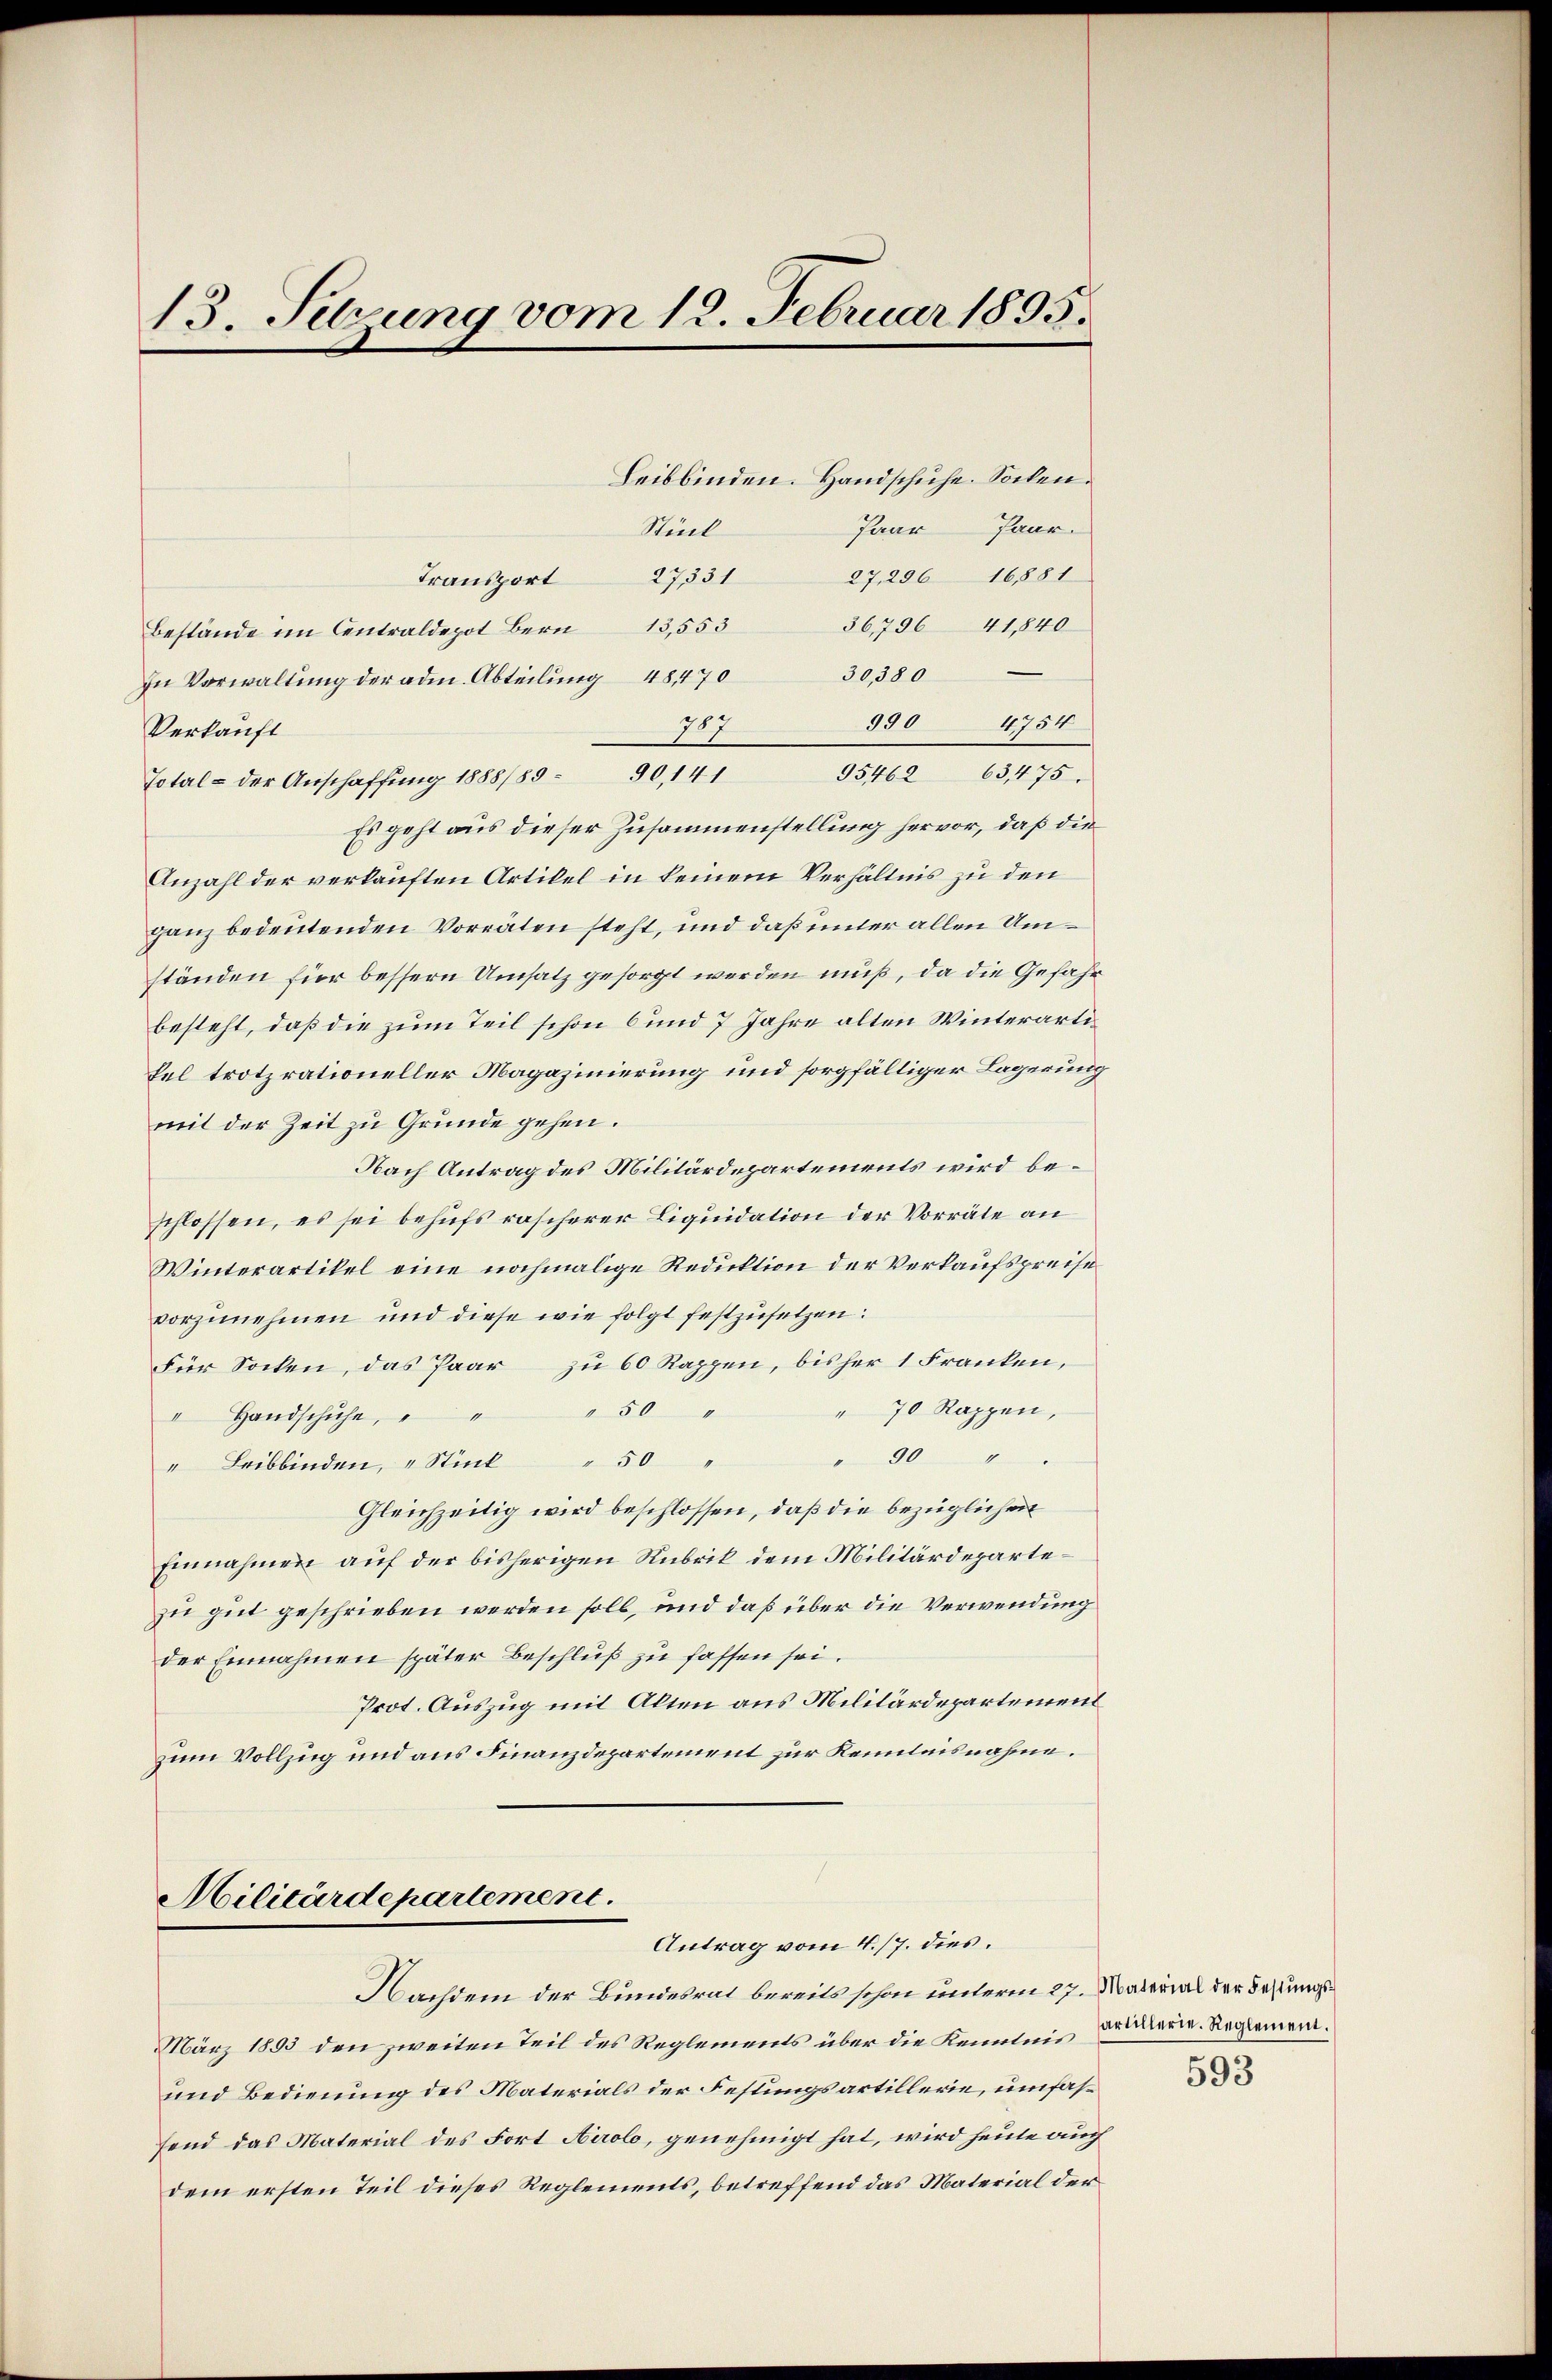
13. Setzung vom 12. Februar 1895.

Transport
Bestände im Centraldepot Bern 13,553
In Vorwaltŭng der adm. Abteilung 4847030,380
Verkauft
Total - der Anschaffung 1888/89. 90,141
Anzahl der verkauften Artikel in keinem Verhältnis zu den
ganz bedeutenden Vorräten steht, und daß unter allen Um¬
Fel trotzrationeller Magazinierung und sorgfälliger Lagerung
mit der Zeit zu Grunde gehen.
Nach Antrag des Militärdepartements wird beschlossen, es sei behufs rascherer Liquidation der Vorräte an
Winterartikel eine nochmalige Reduktion der Verkaufspreise
vorzunehmen und diese wie folgt festzusetzen:
Für Socken, das Paar zu 60 Rappen, bisher 1 Franken,
" 70 Rappen,
" Handschuhe, " " " 50 "
 90
" Leibbinden, " Stück " 50 "
Gleichzeitig wird beschlossen, daß die bezüglichen
Einnahmen auf der bisherigen Rubrik dem Militärdepartezu gut geschrieben werden soll, und daß über die Verwendung
der Einnahmen später Beschluß zu fassen sei.
Prot. Auszug mit Alten aus Militärdepartement
zum Vollzug und aus Finanzdepartement zur Kenntnisnahme.

Niel
27331
990 4754
717
95462 63475.
Es geht aus dieser Zusammenstellung hervor, daß die
ständen für bessern Umsatz gesorgt werden muß, da die Gefahr
besteht, daß die zum Teil schon 6 und 7 Jahre alten Winterarti¬

Leibbinden. Handschuhe. Solen.
Paar Paar.
27, 296 16881
36,796 41,840

Militärdepartement.
Antrag vom 4./7. dies.
Nachdem der Bundesrat bereits schon unterm 27. Material der Festungs¬

März 1893 den zweiten Teil des Reglements über die Kenntnis andern. Reglement¬
und Bedienung des Materials der Festungsartillerie, umfasfend das Material des Fort Airolo, genehmigt hat, wird heute auch
dem ersten Teil dieses Reglements, betreffend das Material der¬

593